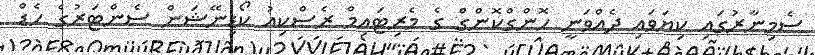
ސެމިނާރުގައި ކިޔަވައި ދެއްވަނީ ހޮންގްކޮންގް ގެ މެރިޓައިމް ރެސްކިއު ކޯޑިނޭޝަން ސެންޓަރުގެ ހެޑް